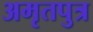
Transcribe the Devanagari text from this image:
अमृतपुत्र